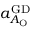
a _ { A _ { \mathrm { O } } } ^ { \mathrm { G D } }